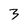
Character: 3